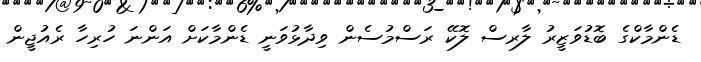
ޑެންމާކްގެ ބޮޑުވަޒީރު ލާރސް ލޮކޭ ރަސްމުސެން ވިދާޅުވަނީ ޑެންމާކަށް އަންނަ ހުރިހާ ރެއުޖީން